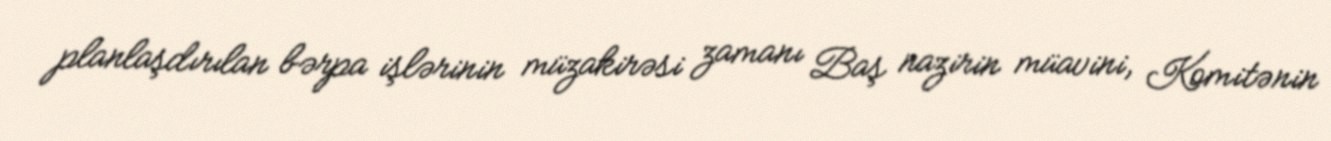
planlaşdırılan bərpa işlərinin müzakirəsi zamanı Baş nazirin müavini, Komitənin